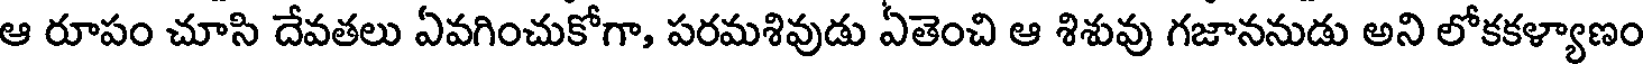
ఆ రూపం చూసి దేవతలు ఏవగించుకోగా, పరమశివుడు ఏతెంచి ఆ శిశువు గజాననుడు అని లోకకళ్యాణం